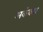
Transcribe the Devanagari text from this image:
अकंकार